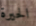
الحيرة